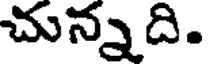
చున్నది.